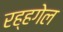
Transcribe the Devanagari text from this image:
रह्हगेल